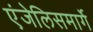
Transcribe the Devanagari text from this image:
एंजेलिसमार्गे